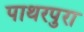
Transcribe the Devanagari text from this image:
पाथरपुरा